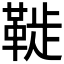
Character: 𩋀